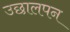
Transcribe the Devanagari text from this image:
उछालपन